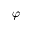
\varphi